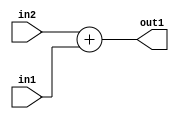
`timescale 1ps / 1ps
/*****************************************************************************
    Verilog RTL Description
    
    
    Created by: Stratus DpOpt 2019.1.01 
*******************************************************************************/

module pw_feature_addr_gen_Add_32Ux8U_32U_4 (
	in2,
	in1,
	out1
	); /* architecture "behavioural" */ 
input [31:0] in2;
input [7:0] in1;
output [31:0] out1;
wire [31:0] asc001;

assign asc001 = 
	+(in2)
	+(in1);

assign out1 = asc001;
endmodule

/* CADENCE  ubLwTQg= : u9/ySgnWtBlWxVPRXgAZ4Og= ** DO NOT EDIT THIS LINE ******/